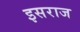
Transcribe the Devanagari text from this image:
इसराज